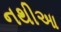
નથીઆ